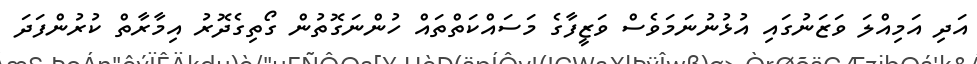
އަދި އަމިއްލަ ވަޒަނުގައި އުޅުނުނަމަވެސް ވަޒީފާގެ މަސައްކަތްތައް ހުންނަގޮތުން ގޯތިގެދޮރު އިމާރާތް ކުރުންފަދަ